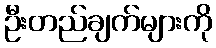
ဦးတည်ချက်များကို